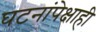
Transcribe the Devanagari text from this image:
घटनांपेक्षाही